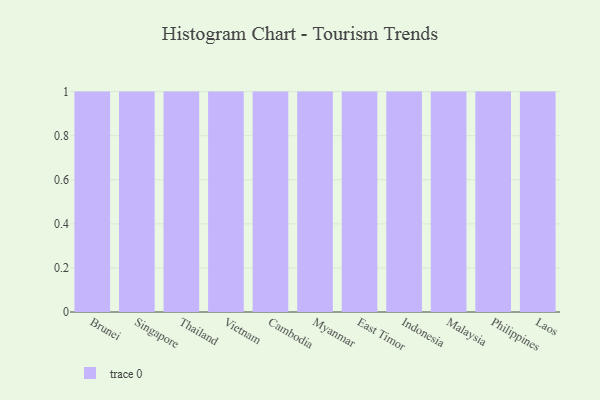
{"axis": {"x": "Country", "y": "Latency (ms)"}, "legend": [""], "data": [{"x": "Brunei", "y": 12, "type": ""}, {"x": "Singapore", "y": 69, "type": ""}, {"x": "Thailand", "y": 28, "type": ""}, {"x": "Vietnam", "y": 29, "type": ""}, {"x": "Cambodia", "y": 77, "type": ""}, {"x": "Myanmar", "y": 21, "type": ""}, {"x": "East Timor", "y": 10, "type": ""}, {"x": "Indonesia", "y": 10, "type": ""}, {"x": "Malaysia", "y": 24, "type": ""}, {"x": "Philippines", "y": 78, "type": ""}, {"x": "Laos", "y": 67, "type": ""}]}